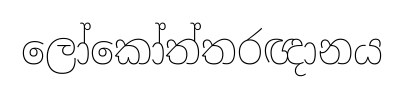
ලෝකෝත්තරඥානය